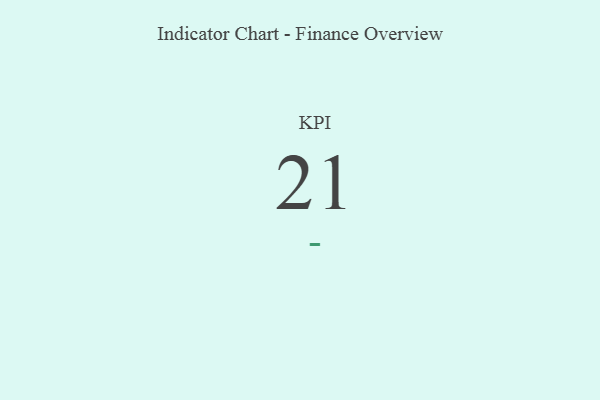
{"axis": {"x": "KPI", "y": "Value"}, "legend": [""], "data": [{"x": "KPI", "y": 21, "type": ""}]}